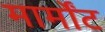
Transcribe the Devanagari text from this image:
मार्मोंट